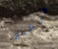
فرشاة